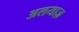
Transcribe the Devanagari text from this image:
अलयाज़